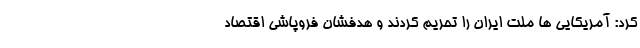
کرد: آمریکایی ها ملت ایران را تحریم کردند و هدفشان فروپاشی اقتصاد